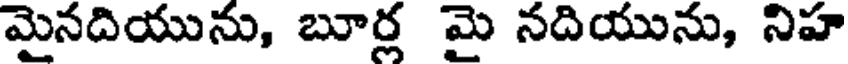
మైనదియును, బూర్ల మై నదియును, నిహ